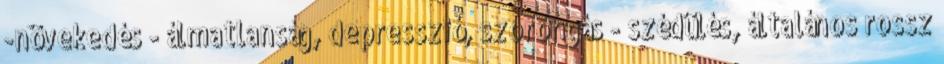
-növekedés - álmatlanság, depresszió, szorongás - szédülés, általános rossz